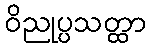
ဝိညုပ္ပသတ္ထာ